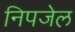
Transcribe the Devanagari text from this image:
निपजेल